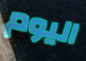
اليوم